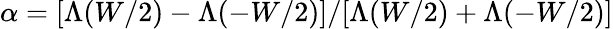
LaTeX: \alpha=[\Lambda(W/2)-\Lambda(-W/2)]/[\Lambda(W/2)+\Lambda(-W/2)]